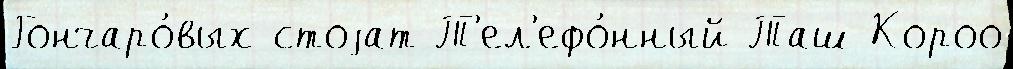
Гончаро́вых стоjат Т'ел'ефо́нный Таш-Короо